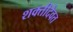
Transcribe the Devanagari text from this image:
शक्तीदैवत